Bréfritari: Hólmfríður Jónsdóttir
Viðtakandi: Jón Borgfirðings Jónsson
Dagsetning: A-1889-01-29
Skrifað á: Brautarholt  Kjós.

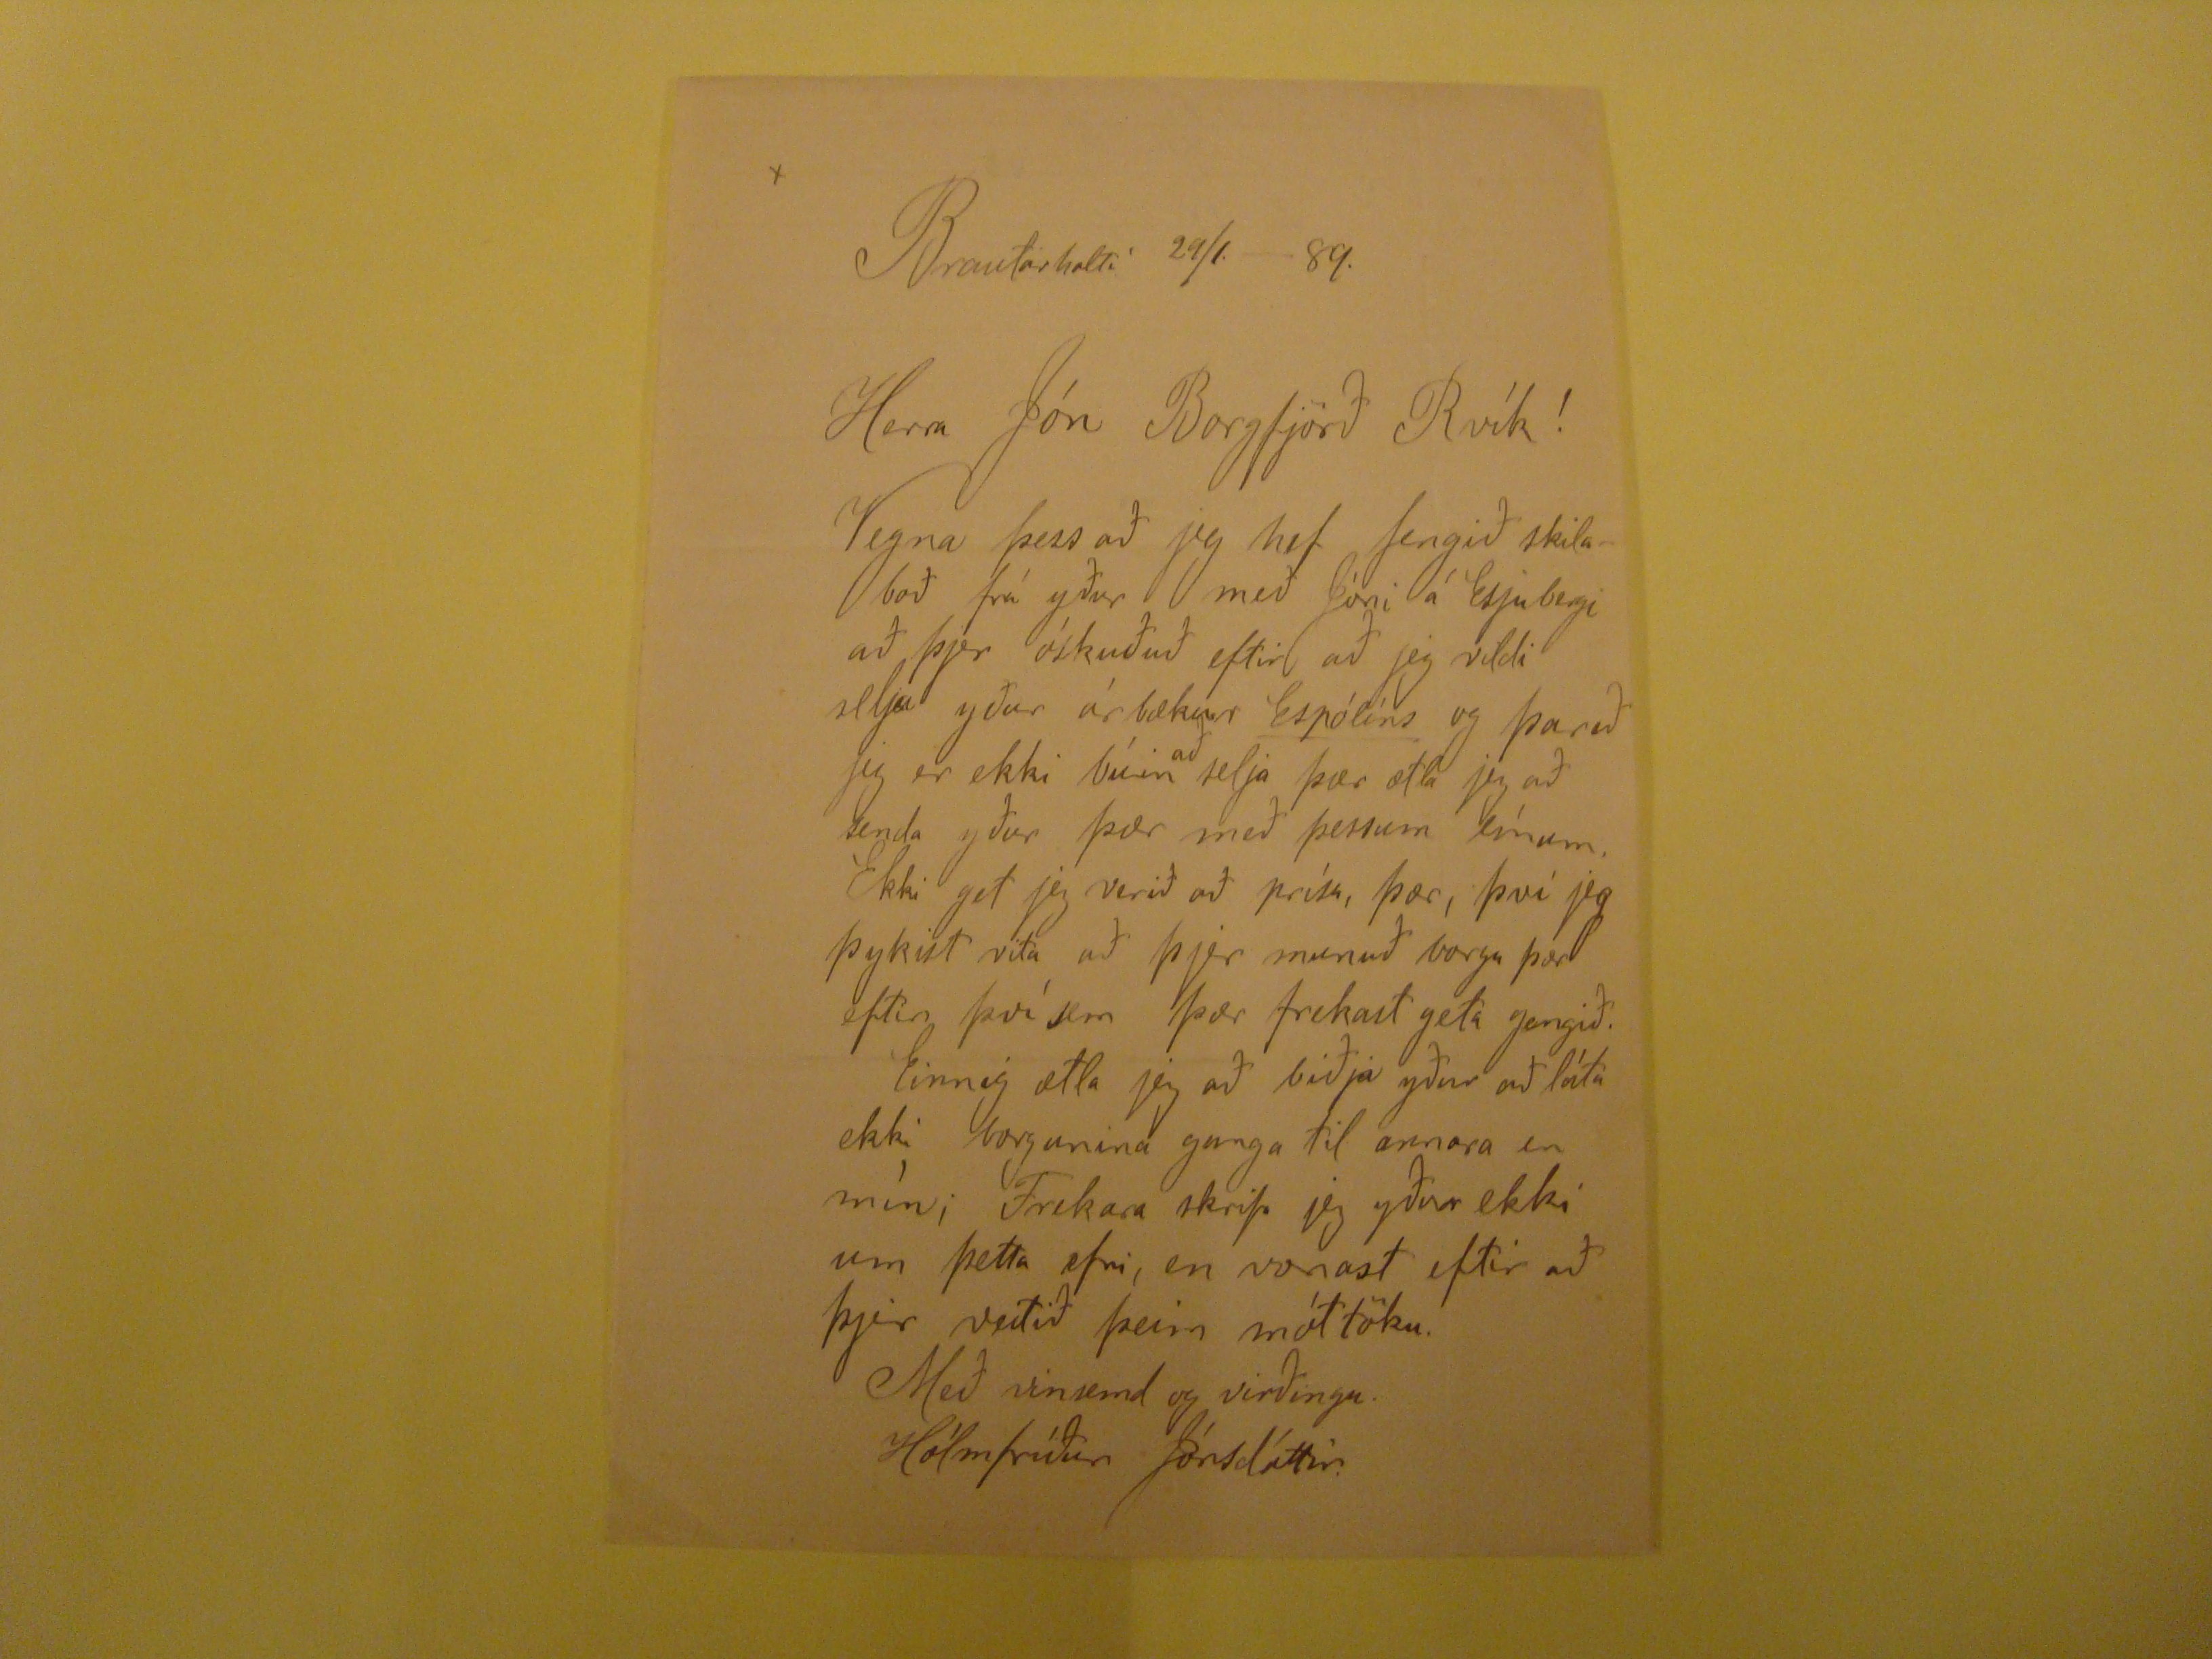

Brautarholti 29/1. - 89.
Herra Jón Borgfjörð Rvík!
Vegna þess að jeg hef fengið skilaboð frá yðru með Jóni á Esjubergi að þjer óskuðuð eftir að jeg vildi
selja
yður árbækur
Espólíns
og þareð jeg er ekki búin
að
selja þær ætla jeg að senda yður þær með þessum línum. Ekki get jeg verið að prísa, þær, því jeg þykist vita að þjer munuð borga þær eftir því sem þær frekast geta gengið. Einnig ætla jeg að biðja yður að láta ekki borgunina ganga til annara en mín; Frekar skrifa jeg yðru ekki um þetta efni, en vonast eftir að þjer veitið þeim móttöku.
Með vinsemd og virðingu.
Hólmfríður Jónsdóttir.